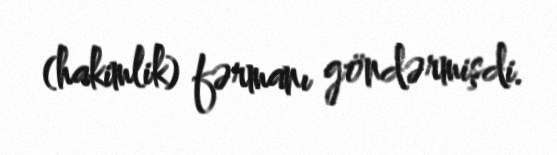
(hakimlik) fərmanı göndərmişdi.